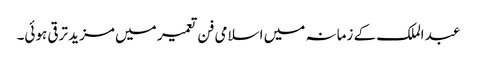
عبد الملک کے زمانہ میں اسلامی فن تعمیر میں مزید ترقی ہوئی۔